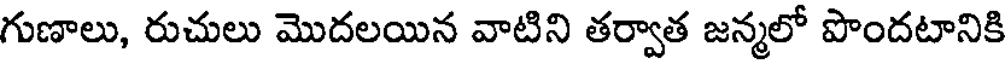
గుణాలు, రుచులు మొదలయిన వాటిని తర్వాత జన్మలో పొందటానికి